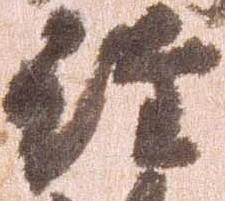
経